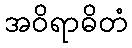
အဝိရာဓိတံ